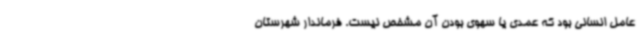
عامل انسانی بود که عمدی یا سهوی بودن آن مشخص نیست. فرماندار شهرستان